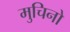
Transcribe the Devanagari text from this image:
मुचिनो